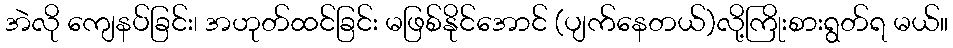
အဲလို ကျေနပ်ခြင်း၊ အဟုတ်ထင်ခြင်း မဖြစ်နိုင်အောင် (ပျက်နေတယ်)လို့ကြိုးစားရွတ်ရ မယ်။